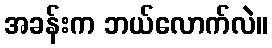
အခန်းက ဘယ်လောက်လဲ။